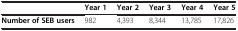
|  | Year 1 | Year 2 | Year 3 | Year 4 | Year 5 |
 | --- | --- | --- | --- | --- | --- |
 | Number of SEB users | 982 | 4,393 | 8,344 | 13,785 | 17,826 |